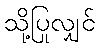
သို့ပြုလျှင်